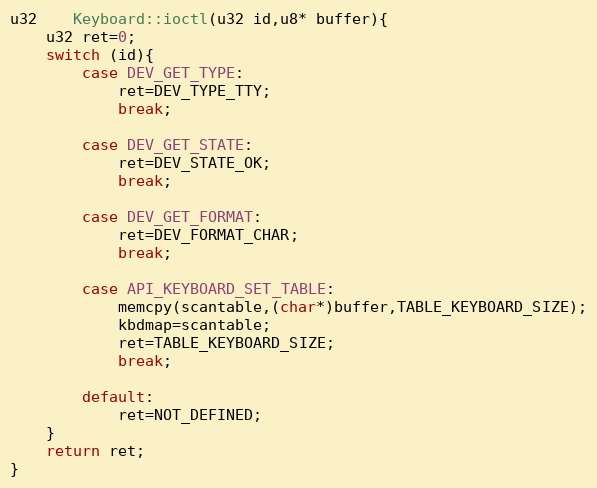
Language: C++
u32	Keyboard::ioctl(u32 id,u8* buffer){
	u32 ret=0;
	switch (id){
		case DEV_GET_TYPE:
			ret=DEV_TYPE_TTY;
			break;

		case DEV_GET_STATE:
			ret=DEV_STATE_OK;
			break;

		case DEV_GET_FORMAT:
			ret=DEV_FORMAT_CHAR;
			break;

		case API_KEYBOARD_SET_TABLE:
			memcpy(scantable,(char*)buffer,TABLE_KEYBOARD_SIZE);
			kbdmap=scantable;
			ret=TABLE_KEYBOARD_SIZE;
			break;

		default:
			ret=NOT_DEFINED;
	}
	return ret;
}